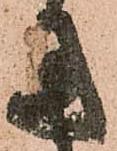
用